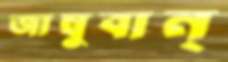
জাম্বুবান্‌